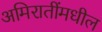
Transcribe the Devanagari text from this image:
अमिरातींमधील